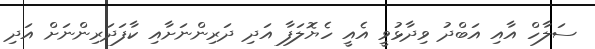
ސަލާހް އާއި އަބްދު ވިދާޅުވީ އެއީ ހެޔޮލަފާ އަދި ދަރިންނަށާއި ކާފަދަރިންނަށް އަދި